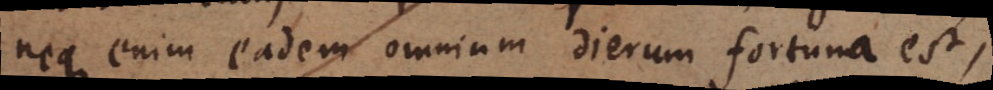
neque enim eadem omnium dierum fortuna est,